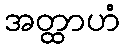
အတ္ထာဟံ